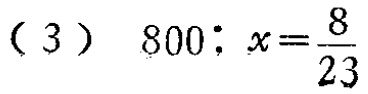
（3）$800:x=\frac{8}{23}$